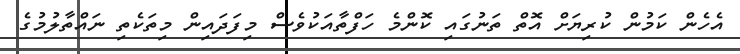
އެހެން ކަމުން ކުރިޔަށް އޮތް ތަނުގައި ކޮންމެ ހަފްތާއަކުވެސް މިފަދައިން މިތަކެތި ނައްތާލުމުގެ